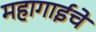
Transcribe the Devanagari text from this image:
महागाईचे